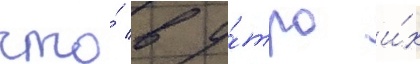
что́ в у́тро и́х